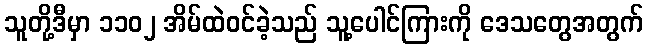
သူတို့ဒီမှာ ၁၁၀၂ အိမ်ထဲဝင်ခဲ့သည် သူ့ပေါင်ကြားကို ဒေသတွေအတွက်